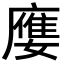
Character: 𡢦